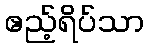
ဧည့်ရိပ်သာ